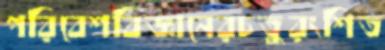
পরিবেশবিজ্ঞানেরচতুরংশিত